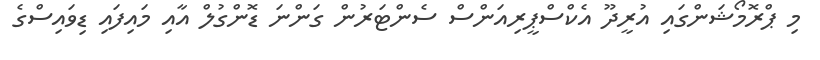
މި ޕްރޮމޯޝަންގައި އުރީދޫ އެކްސްޕީރިއަންސް ސެންޓަރުން ގަންނަ ޑޮންގުލް އާއި މައިފައި ޑިވައިސްގެ